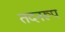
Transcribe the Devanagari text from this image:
तदनरूप